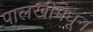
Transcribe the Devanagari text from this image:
पालखीमधून